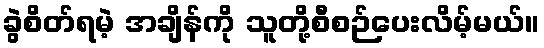
ခွဲစိတ်ရမဲ့ အချိန်ကို သူတို့စီစဉ်ပေးလိမ့်မယ်။